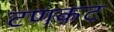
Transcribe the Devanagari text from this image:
टणकट